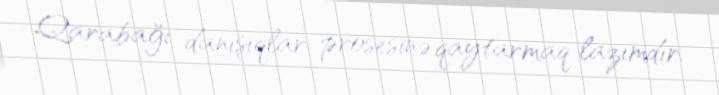
Qarabağı danışıqlar prosesinə qaytarmaq lazımdır.